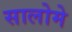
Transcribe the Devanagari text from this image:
सालोमे